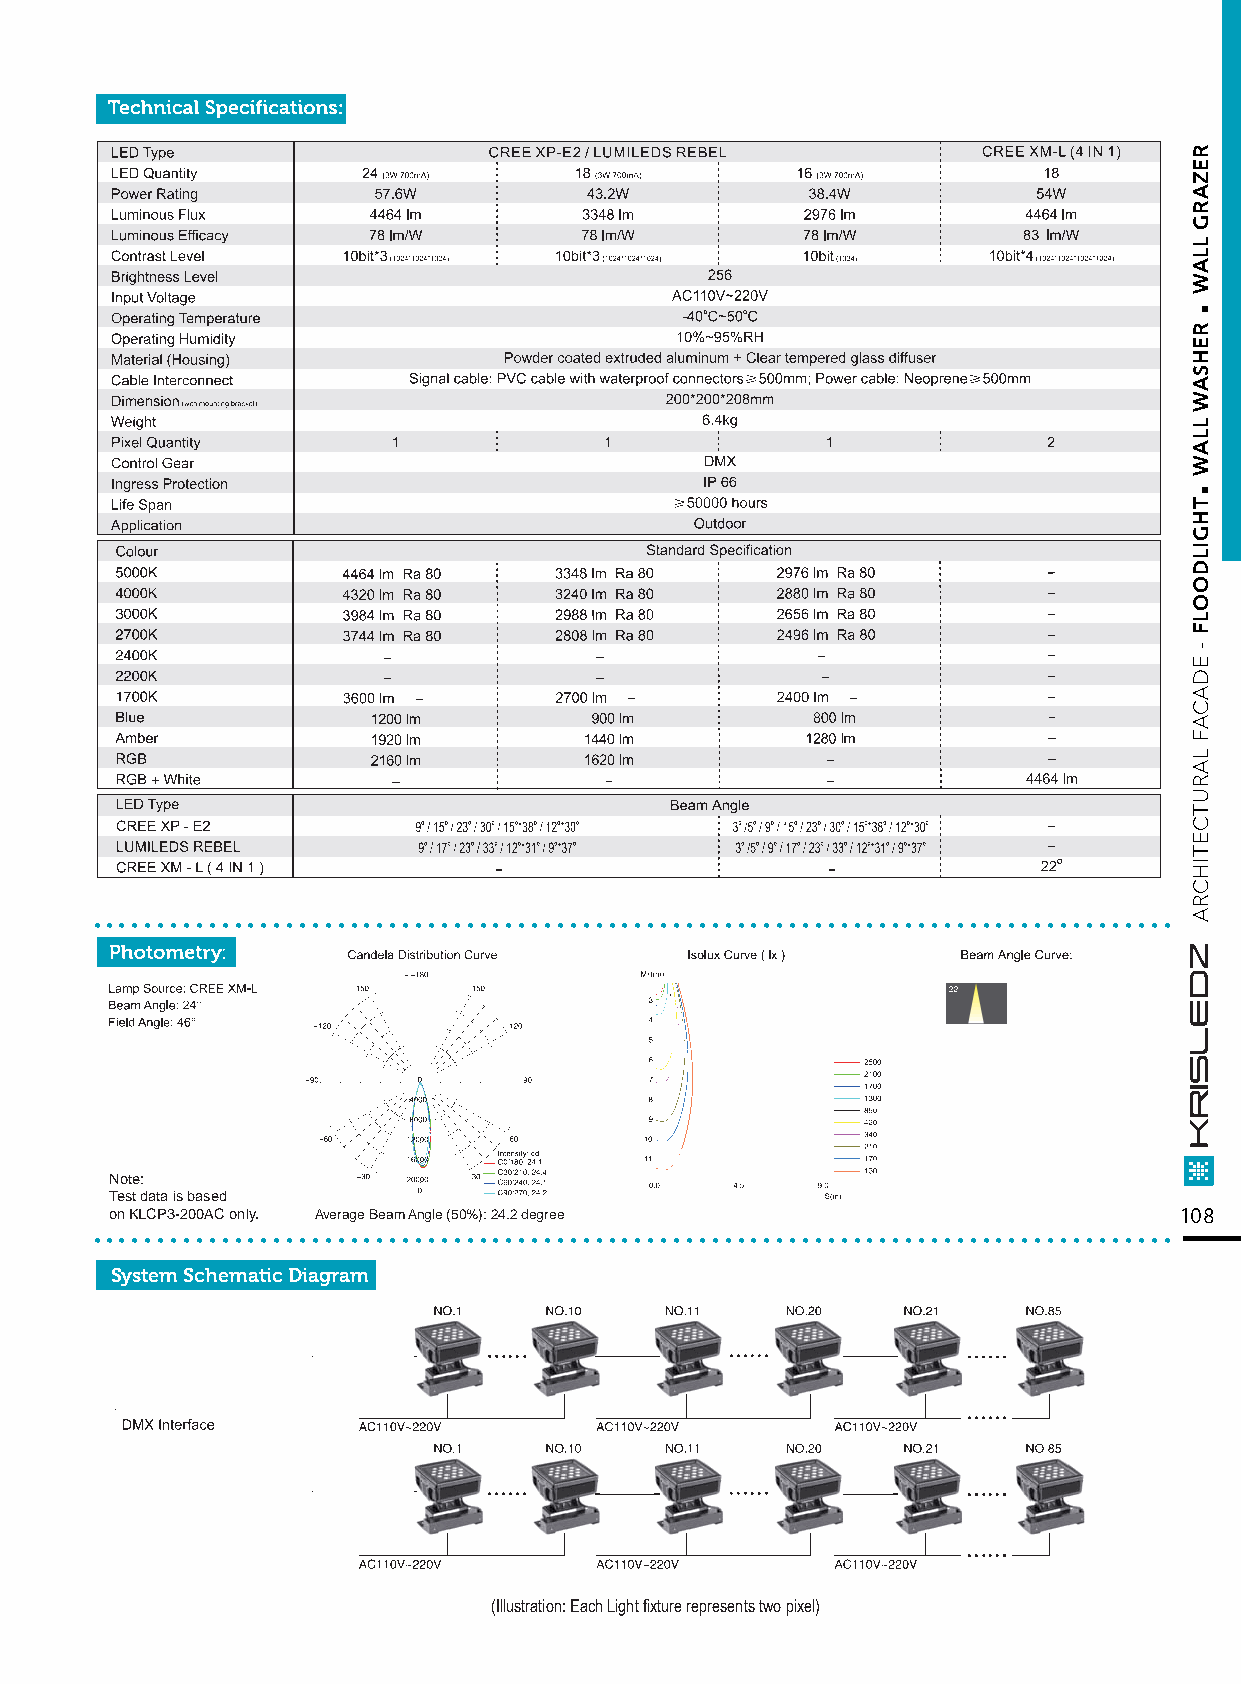
....................................................................................
 Note:
 Test data is based
 ..o.n K.L.C.P3.-2.0.0A.C. o.nl.y. . ....Av.e.ra.ge. B.ea.m. A.ng.le. (5.0.%.): .24..2. de.g.re.e............................................... 108
 System Schematic Diagram
 (Illustration: Each Light fixture represents two pixel)
 .
 .
 REZARG
 LLAW
 REHSAW
 LLAW
 THGILDOOLF
 -
 EDACAF
 LARUTCETIHCRA